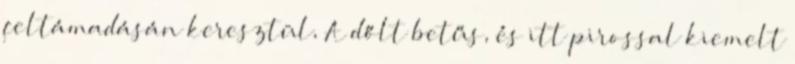
feltámadásán keresztül, A dőlt betűs, és itt pirossal kiemelt